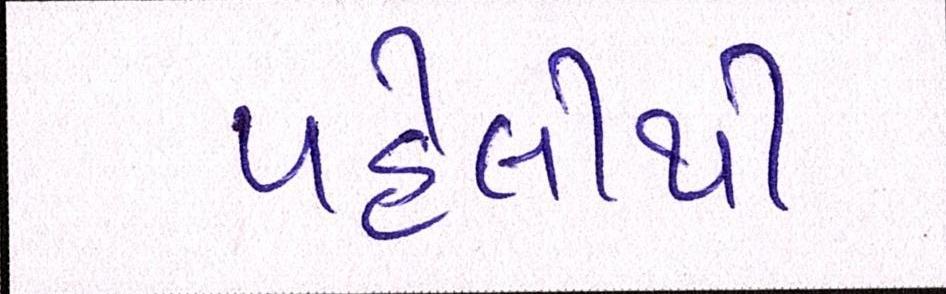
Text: પહેલીથી